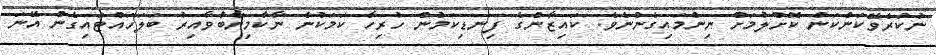
ނުކުރެވޭކަންކަން ކޮށްލުމަށް ނިންމައިގެންނެވެ. ކައިޒާންގެ ފިނޑިކަމުން ހުރިހާ ކަމަކުން ނާކާމިޔާބުވާއިރު ބަލަހައްޓައިގެން އޭނަ